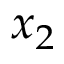
x _ { 2 }